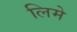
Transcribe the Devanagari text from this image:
लिमे